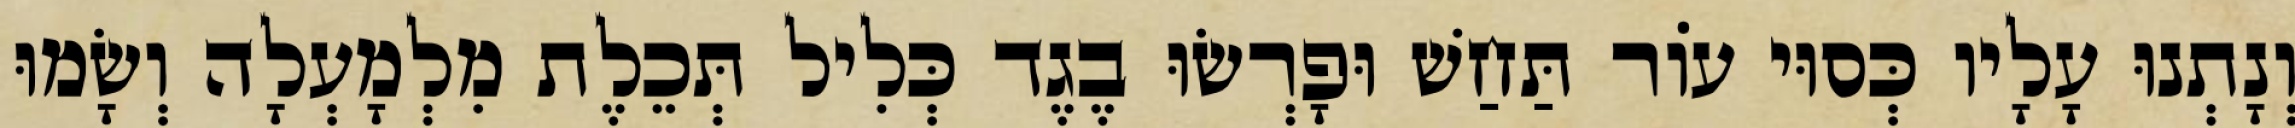
וְנָתְנוּ עָלָיו כְּסוּי עוֹר תַּחַשׁ וּפָרְשׂוּ בֶגֶד כְּלִיל תְּכֵלֶת מִלְמָעְלָה וְשָׂמוּ